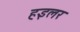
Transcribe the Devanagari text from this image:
हइलर